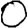
Digit: 0